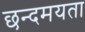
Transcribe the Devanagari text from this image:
छन्दमयता